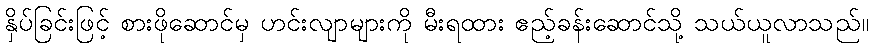
နှိပ်ခြင်းဖြင့် စားဖိုဆောင်မှ ဟင်းလျာများကို မီးရထား ဧည့်ခန်းဆောင်သို့ သယ်ယူလာသည်။